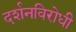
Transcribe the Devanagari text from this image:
दर्शनविरोधी